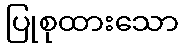
ပြုစုထားသော